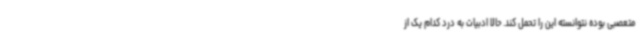
متعصبی بوده نتوانسته این را تحمل کند. حالا ادبیات به درد کدام یک از